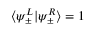
\langle \psi _ { \pm } ^ { L } | \psi _ { \pm } ^ { R } \rangle = 1